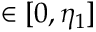
\in [ 0 , \eta _ { 1 } ]